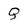
Character: Q